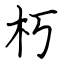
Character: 朽